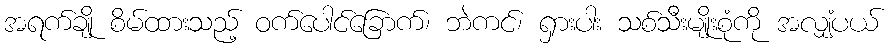
အရက်ချို စိမ်ထားသည့် ဝက်ပေါင်ခြောက်၊ ဘဲကင်၊ ရှားပါး သစ်သီးမျိုးစုံကို အလျှံပယ်